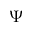
\Psi